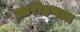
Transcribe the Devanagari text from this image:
आरोहणात